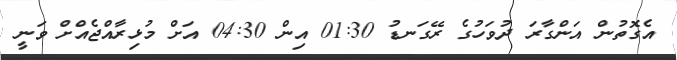
އެގޮތުން އަންގާރަ ދުވަހުގެ ރޭގަނޑު 01:30 އިން 04:30 އަށް މުޅިރާއްޖެއްށް ވަނީ